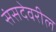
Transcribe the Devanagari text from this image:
संसदेवरील